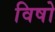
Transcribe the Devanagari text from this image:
विषो